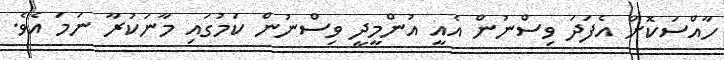
ހާއްސަކޮށް އެފަދަ ވިސްނުން އެއީ އުންމީދީ ވިސްނުން ކަމުގައި މާނަކުރާ ނަމަ އެވެ.